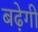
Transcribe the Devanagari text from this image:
बढे़गी